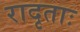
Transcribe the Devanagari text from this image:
रादृताः